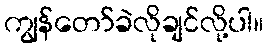
ကျွန်တော်ခဲလိုချင်လို့ပါ။